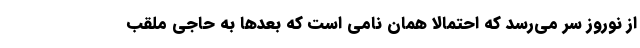
از نوروز سر می‌رسد که احتمالاً همان نامی است که بعدها به حاجی ملقب